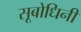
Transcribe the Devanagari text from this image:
सूबोधिनी